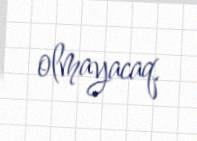
olmayacaq.